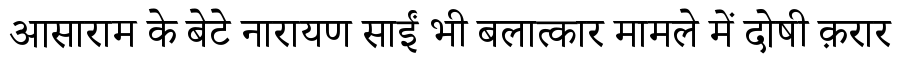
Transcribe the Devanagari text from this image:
आसाराम के बेटे नारायण साईं भी बलात्कार मामले में दोषी क़रार